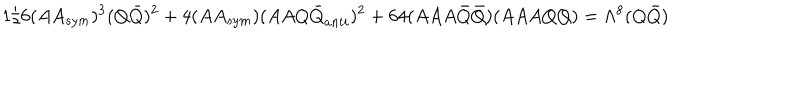
LaTeX: 1 / 6 ( A A _ { s y m } ) ^ { 3 } ( Q { \bar { Q } } ) ^ { 2 } + 4 ( A A _ { s y m } ) ( A A Q { \bar { Q } } _ { a n t i } ) ^ { 2 } + 6 4 ( A A A { \bar { Q } } { \bar { Q } } ) ( A A A Q Q ) = \Lambda ^ { 8 } ( Q { \bar { Q } } )